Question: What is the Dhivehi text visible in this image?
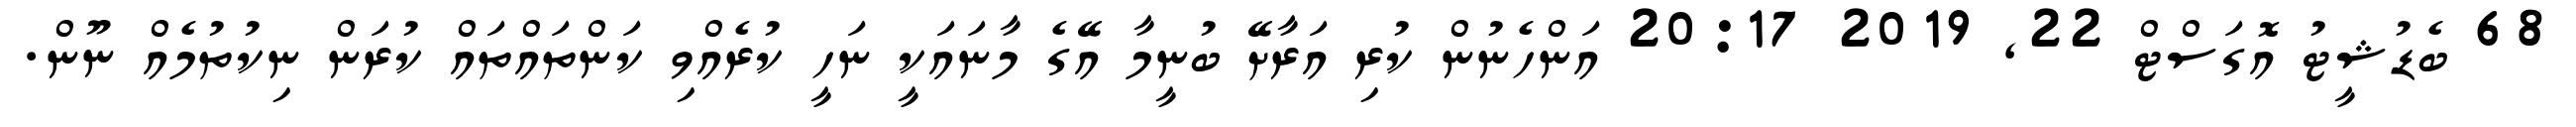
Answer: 68 ބެޑުޝީޓު އޮގަސްޓް 22, 2019 20:17 އަންހެނުން ކުރި އަރާށޭ ބުނީމާ އޭގެ މާނައަކީ ނަހީ ކުރެއްވި ކަންތައްތައް ކުރަން ނިކުތުމެއް ނޫން.